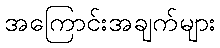
အကြောင်းအချက်များ